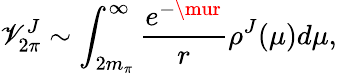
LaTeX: \mathscr{V}_{2\pi}^{J}\sim\int_{2m_{\pi}}^{\infty}\frac{{e^{-\mur}}}{{r}}\rho^{J}(\mu)d\mu,